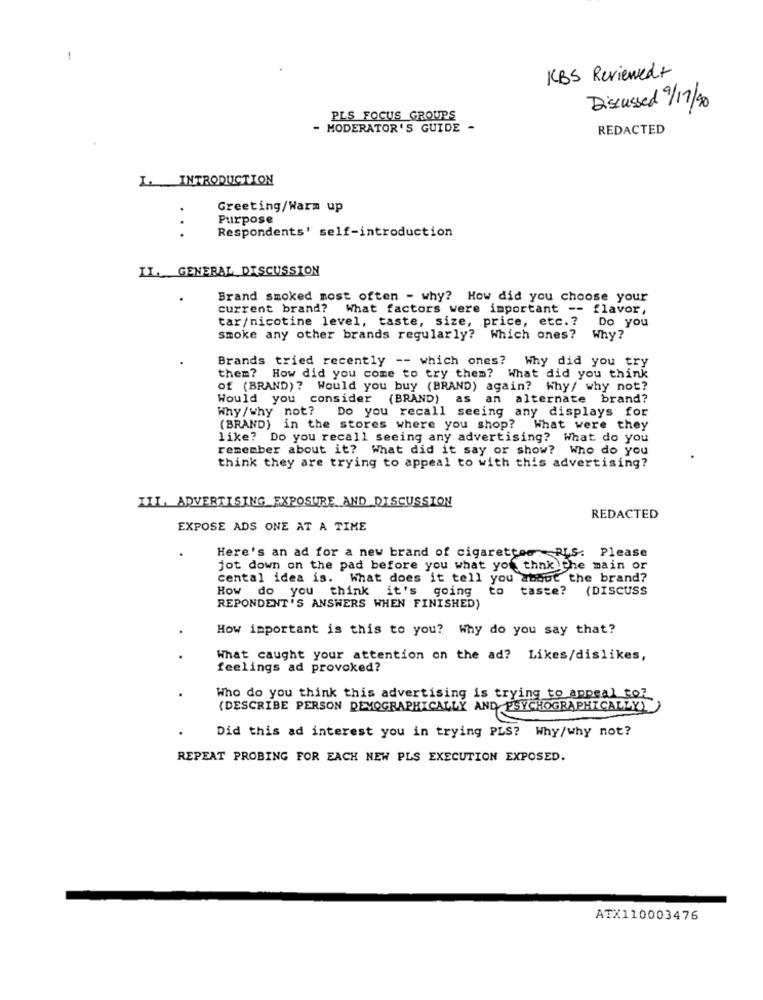
KBS Reviewed+
Discussed 9/17/20
PLS FOCUS GROUPS
- MODERATOR'S GUIDE-
REDACTED
I. INTRODUCTION
Greeting/Warm up
Purpose
Respondents' self-introduction
...
IL GENERAL DISCUSSION
Brand smoked most often - why? How did you choose your
current brand? What factors were important -- flavor,
tar/nicotine level, taste, size, price, etc. ?
Do you
smoke any other brands regularly? Which ones? Why?
Brands tried recently -- which ones? Why did you try
them? How did you come to try them? What did you think
Of (BRAND) ? Would you buy (BRAND) again? Why/ why not?
Would you consider (BRAND) as an alternate brand?
Why/why not? Do you recall seeing any displays for
(BRAND) in the stores where you shop? What were they
like? Do you recall seeing any advertising? What do you
remember about it? What did it say or show? Who do you
think they are trying to appeal to with this advertising?
IIL ADVERTISING EXPOSURE AND DISCUSSION
REDACTED
EXPOSE ADS ONE AT A TIME
Here's an ad for a new brand of cigarettes
LS: Please
jot down on the pad before you what you thinkthe main or
cental idea is. What does it tell you about the brand?
How do you think it's going to taste?
(DISCUSS
REPONDENT'S ANSWERS WHEN FINISHED)
How important is this to you? Why do you say that?
What caught your attention on the ad? Likes/dislikes,
feelings ad provoked?
Who do you think this advertising is trying to appeal toz
(DESCRIBE PERSON DEMOGRAPHICALLY AND PSYCHOGRAPHICALLY))
Did this ad interest you in trying PLS? Why/why not?
REPEAT PROBING FOR EACH NEW PLS EXECUTION EXPOSED.
ATX110003476